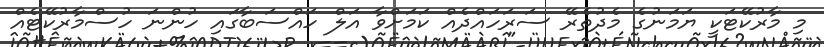
މި މާރުކޭޓަކީ ޔަމަނުގެ މެދުތެރޭ ސަރަހައްދެއް ކަމަށްވާ އަލް ހައްސަބާގައި ހުންނަ ހުސްމާރުކޭޓެއް